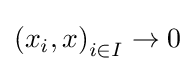
\left(x_{i},x\right)_{i\in I}\to 0